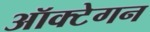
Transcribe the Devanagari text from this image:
ऑक्टेगन